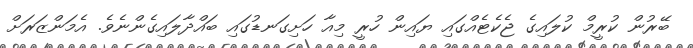
ބޭރުން ކުރީމް ކުލައިގެ ޖެކެޓެއްގައި ޔައިން ހުރީ މިއާ ހަށިގަނޑުގައި ބައްދާލައިގެންނެވެ. އެމަންޒަރަށް